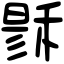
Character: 𥟟